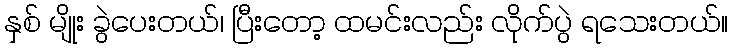
နှစ် မျိုး ခွဲပေးတယ်၊ ပြီးတော့ ထမင်းလည်း လိုက်ပွဲ ရသေးတယ်။